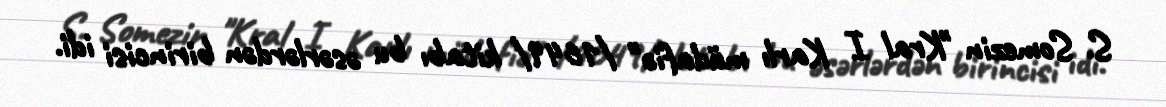
S. Somezin "Kral I Karlı müdafiə" /1649/ kitabı bu əsərlərdən birincisi idi.